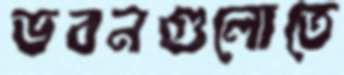
ভবনগুলোতে